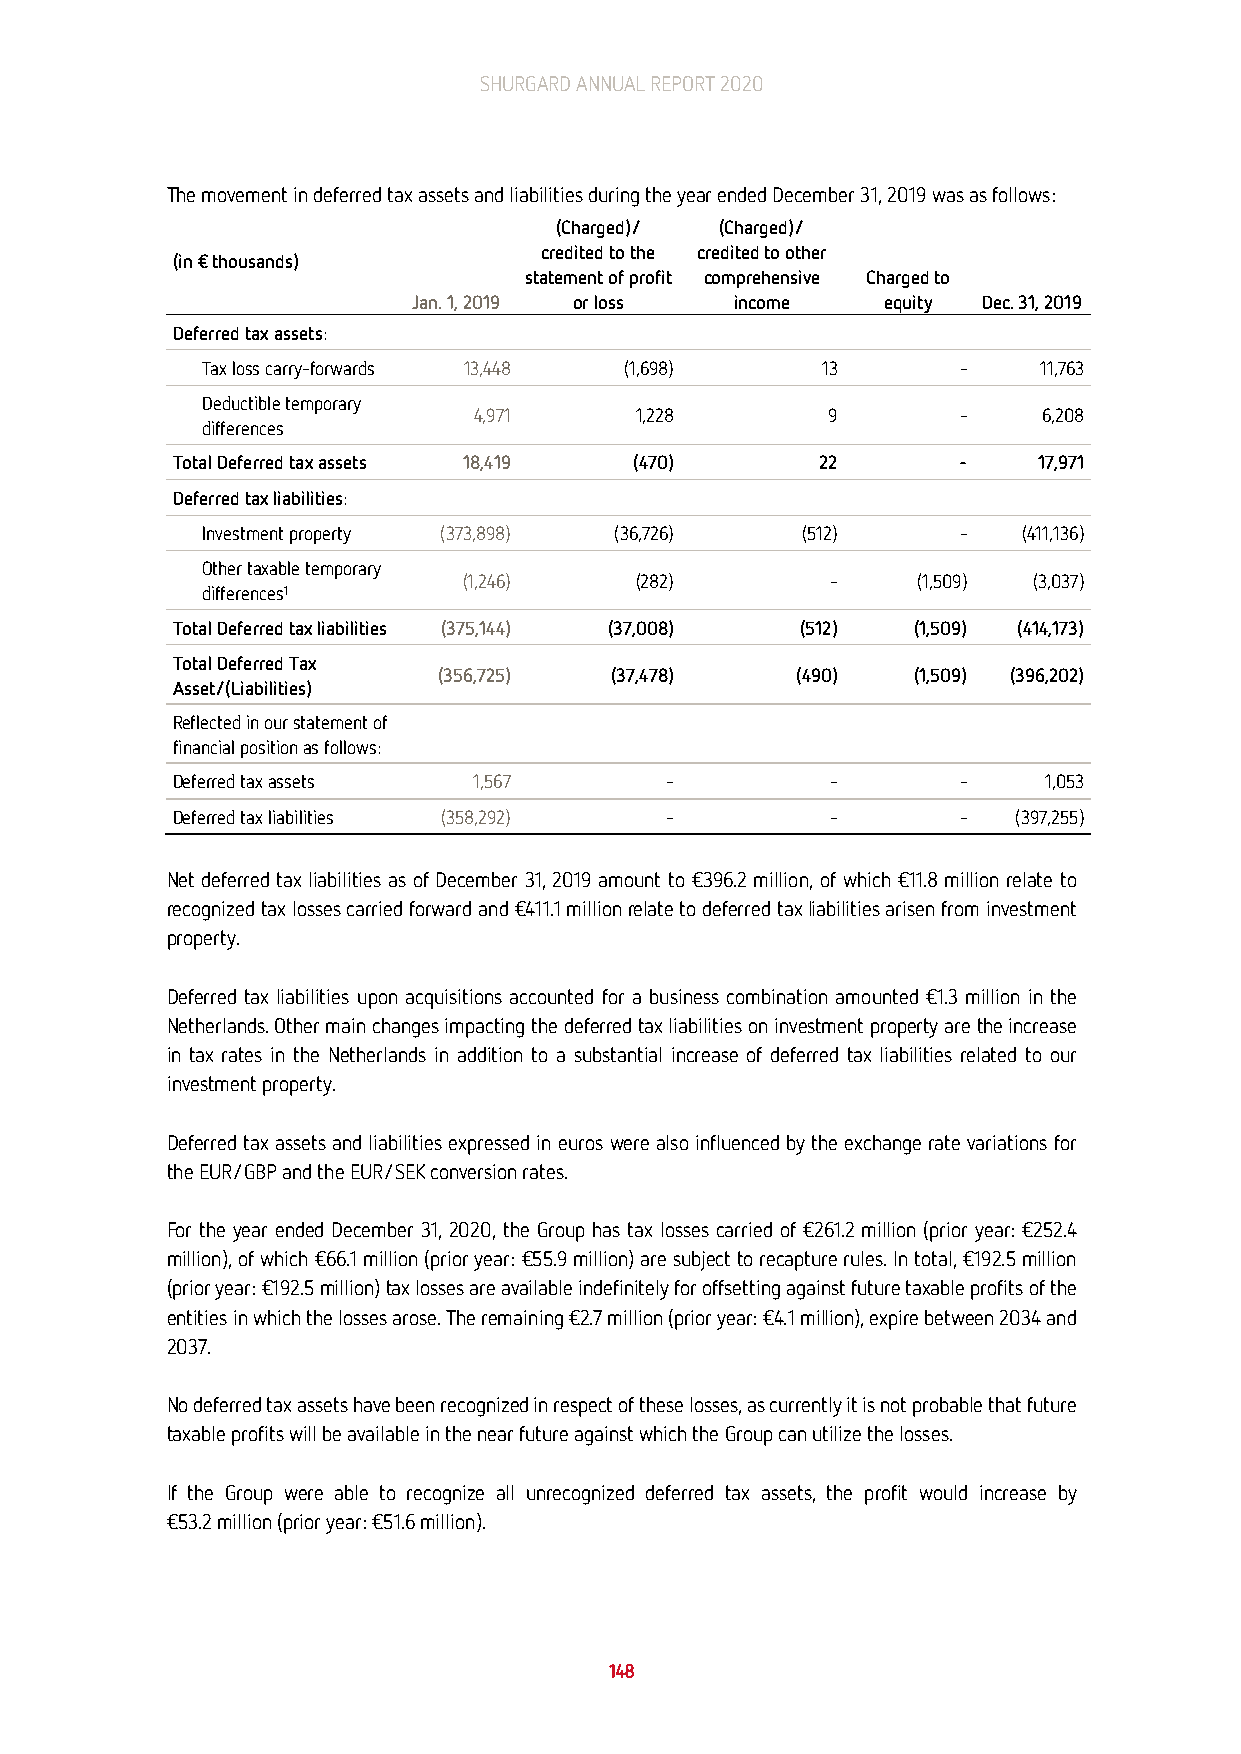
SHURGARD ANNUAL REPORT 2020
 The movement in deferred tax assets and liabilities during the year ended December 31, 2019 was as follows:
 (Charged)/ (Charged)/
 credited to the credited to other
 (in € thousands)
 statement of profit comprehensive Charged to
 Jan. 1, 2019 or loss  income    equity Dec. 31, 2019
 Deferred tax assets:
 Tax loss carry-forwards 13,448 (1,698)   13       -     11,763
 Deductible temporary
 4,971      1,228        9       -     6,208
 differences
 Total Deferred tax assets 18,419 (470)     22       -     17,971
 Deferred tax liabilities:
 Investment property (373,898) (36,726)  (512)     -    (411,136)
 Other taxable temporary
 (1,246)    (282)        -     (1,509) (3,037)
 differences1
 Total Deferred tax liabilities (375,144) (37,008) (512) (1,509) (414,173)
 Total Deferred Tax
 (356,725)  (37,478)     (490)  (1,509) (396,202)
 Asset/(Liabilities)
 Reflected in our statement of
 financial position as follows:
 Deferred tax assets 1,567        -          -       -     1,053
 Deferred tax liabilities (358,292) -        -       -   (397,255)
 Net deferred tax liabilities as of December 31, 2019 amount to €396.2 million, of which €11.8 million relate to
 recognized tax losses carried forward and €411.1 million relate to deferred tax liabilities arisen from investment
 property.
 Deferred tax liabilities upon acquisitions accounted for a business combination amounted €1.3 million in the
 Netherlands. Other main changes impacting the deferred tax liabilities on investment property are the increase
 in tax rates in the Netherlands in addition to a substantial increase of deferred tax liabilities related to our
 investment property.
 Deferred tax assets and liabilities expressed in euros were also influenced by the exchange rate variations for
 the EUR/GBP and the EUR/SEK conversion rates.
 For the year ended December 31, 2020, the Group has tax losses carried of €261.2 million (prior year: €252.4
 million), of which €66.1 million (prior year: €55.9 million) are subject to recapture rules. In total, €192.5 million
 (prior year: €192.5 million) tax losses are available indefinitely for offsetting against future taxable profits of the
 entities in which the losses arose. The remaining €2.7 million (prior year: €4.1 million), expire between 2034 and
 2037.
 No deferred tax assets have been recognized in respect of these losses, as currently it is not probable that future
 taxable profits will be available in the near future against which the Group can utilize the losses.
 If the Group were able to recognize all unrecognized deferred tax assets, the profit would increase by
 €53.2 million (prior year: €51.6 million).
 148